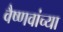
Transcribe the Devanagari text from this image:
वैष्णवांच्या